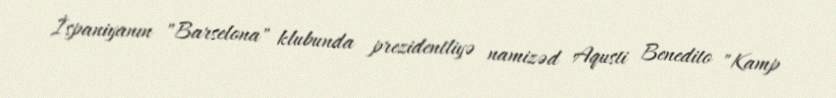
İspaniyanın "Barselona" klubunda prezidentliyə namizəd Aqusti Benedito "Kamp